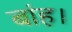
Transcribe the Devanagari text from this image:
बांह।